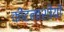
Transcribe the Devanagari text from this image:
कीटनाशीयों